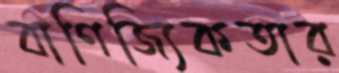
বাণিজ্যিকতার